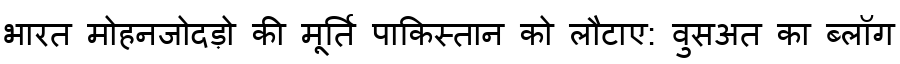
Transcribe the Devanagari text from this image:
भारत मोहनजोदड़ो की मूर्ति पाकिस्तान को लौटाए: वुसअत का ब्लॉग